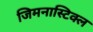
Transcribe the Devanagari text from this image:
जिमनास्टिक्ल